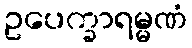
ဥပေက္ခာရမ္မဏံ